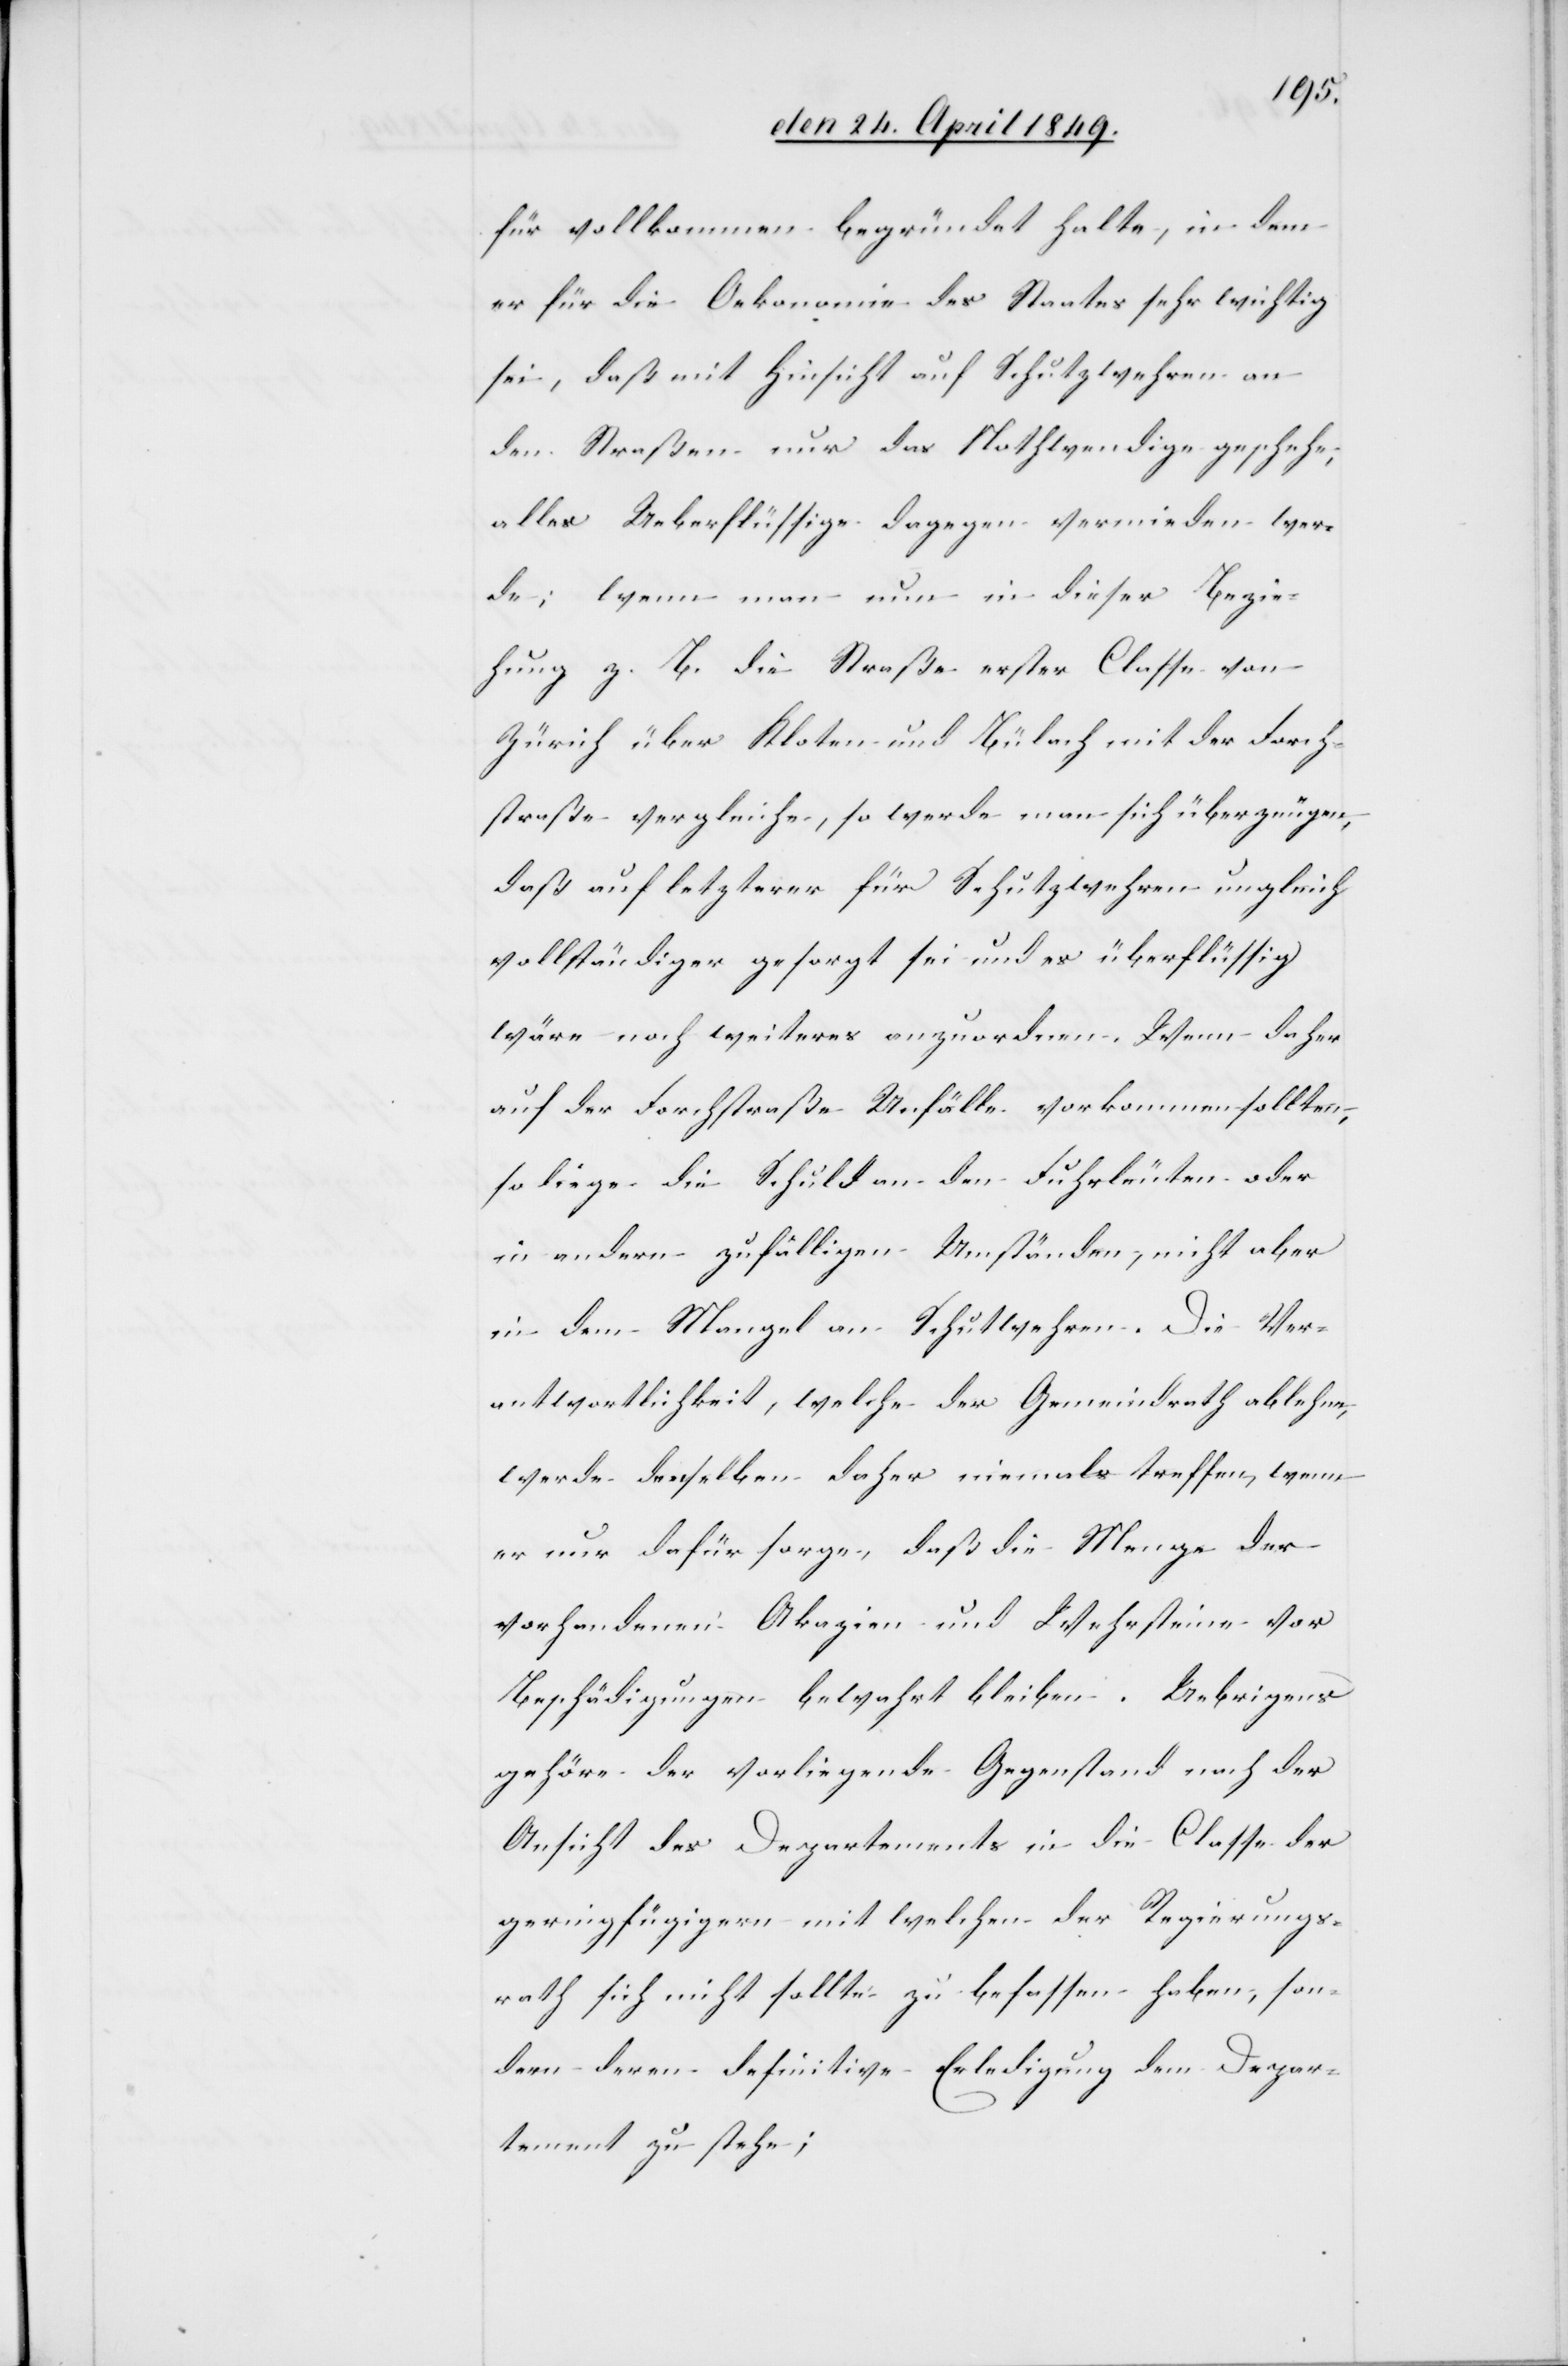
für vollkommen begründet halte, in dem
es] für die Oekonomie des Staates sehr wichtig
sei, daß mit Hinsicht auf Schutzwehren an
den Straßen nur das Nothwendige geschehe,
alles Ueberflüssige dagegen vermieden wer¬
de, wenn man nun in dieser Bezie¬
hung z. B. die Straße erster Classe von
Zürich über Kloten und Bülach mit der Forch¬
straße vergleiche, so werde man sich überzeugen,
daß auf letzterer für Schutzwehren ungleich
vollständiger gesorgt sei und es überflüssig
wäre noch weiteres anzuordnen. Wenn daher
auf der Forchstraße Unfälle vorkommen sollten,
so liege die Schuld an den Fuhrleuten oder
in andern zufälligen Umständen, nicht aber
in dem Mangel an Schut[z]wehren. Die Ver¬
antwortlichkeit, welche der Gemeindrath ablehne,
werde denselben daher niemals treffen, wenn
er nur dafür sorge, daß die Menge der
vorhandenen Akazien und Wehrsteine vor
Beschädigungen bewahrt bleiben. Uebrigens
gehöre der vorliegende Gegenstand nach der
Ansicht des Departements in die Classe der
geringfügigern mit welchen der Regierungs¬
rath sich nicht sollte zu befassen haben, son¬
dern deren definitive Erledigung dem Depar¬
tement zu stehe;